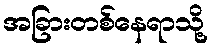
အခြားတစ်နေရာသို့